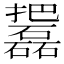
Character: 𱡓